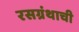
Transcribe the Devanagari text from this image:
रसग्रंथाची